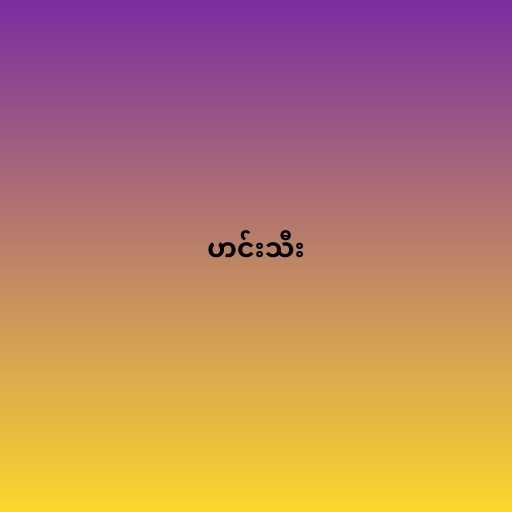
ဟင်းသီး